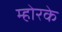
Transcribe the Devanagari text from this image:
म्होरके